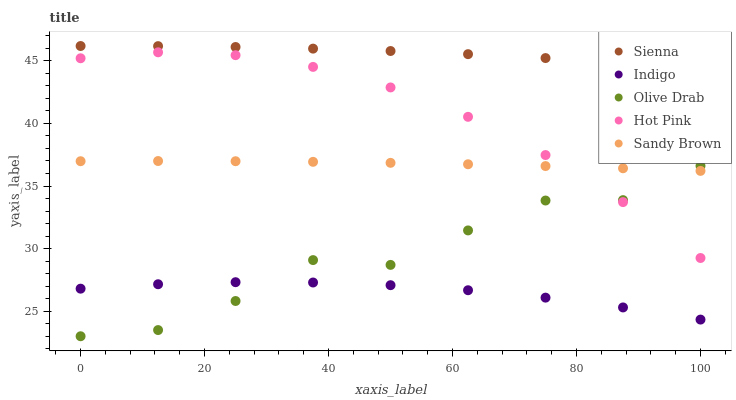
| xaxis_label | Sienna | Indigo | Olive Drab | Hot Pink | Sandy Brown |
 | --- | --- | --- | --- | --- | --- |
 | 0 | 46.2 | 26.8 | 23 | 45.2 | 37 |
 | 12.5 | 46.2 | 27.2 | 23.5 | 45.7 | 37 |
 | 25 | 46.1 | 27.3 | 25.8 | 45.4 | 37 |
 | 37.5 | 46 | 27.3 | 29.1 | 44.5 | 36.9 |
 | 50 | 45.8 | 27.1 | 28.7 | 42.9 | 36.9 |
 | 62.5 | 45.5 | 26.7 | 31.5 | 40.5 | 36.7 |
 | 75 | 45.2 | 26.1 | 33.8 | 37.5 | 36.6 |
 | 87.5 | 44.8 | 25.3 | 33.9 | 33.7 | 36.4 |
 | 100 | 44.4 | 24.3 | 36.6 | 29.3 | 36.2 |